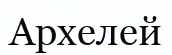
Архелей